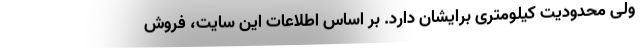
ولی محدودیت کیلومتری برایشان دارد. بر اساس اطلاعات این سایت، فروش